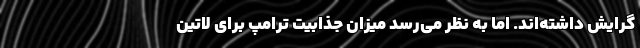
گرایش داشته‌اند. اما به نظر می‌رسد میزان جذابیت ترامپ برای لاتین‌